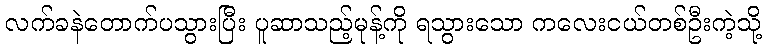
လက်ခနဲတောက်ပသွားပြီး ပူဆာသည့်မုန့်ကို ရသွားသော ကလေးငယ်တစ်ဦးကဲ့သို့